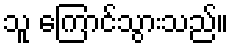
သူ ကြောင်သွားသည်။